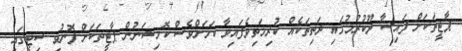
ޕާޓީތަކަށް ފައިސާ ދޫކުރުމުގައި ދަތިތަކެއް ކުރިމަތިވެފައިވާ ކަމަށްވެސް ކޮމިޝަނުން ޕާޓީތަކަށް ފޮނުވި ސިޓީގައި